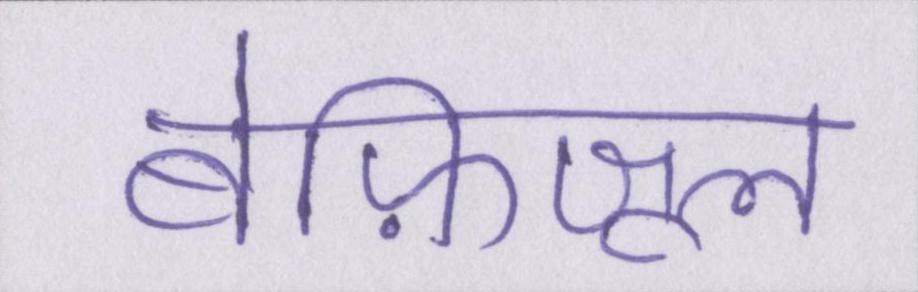
बेफ़िजूल